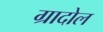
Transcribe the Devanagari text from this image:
ग्रादोल